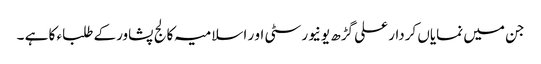
جن میں نمایاں کردار علی گڑھ یونیورسٹی او ر اسلامیہ کالج پشاورکے طلباء کا ہے ۔